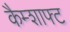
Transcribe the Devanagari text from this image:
कैम्शाफ्ट